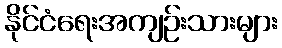
နိုင်ငံရေးအကျဉ်းသားများ